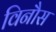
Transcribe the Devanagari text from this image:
विनौस